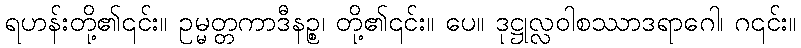
ရဟန်းတို့၏၎င်း။ ဥမ္မတ္တကာဒီနဉ္စ၊ တို့၏၎င်း။ ပေ။ ဒုဋ္ဌုလ္လဝါစဿာဒရာဂေါ၊ ဂ၎င်း။